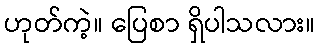
ဟုတ်ကဲ့။ ပြေစာ ရှိပါသလား။